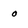
Character: O